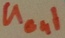
Text: UOut